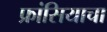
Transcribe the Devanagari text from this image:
फ्रांसियाचा